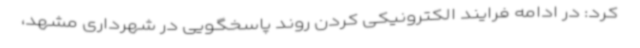
کرد: در ادامه فرایند الکترونیکی کردن روند پاسخگویی در شهرداری مشهد،